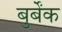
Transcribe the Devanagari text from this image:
बुर्बेंक